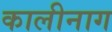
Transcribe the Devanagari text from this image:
कालीनाग